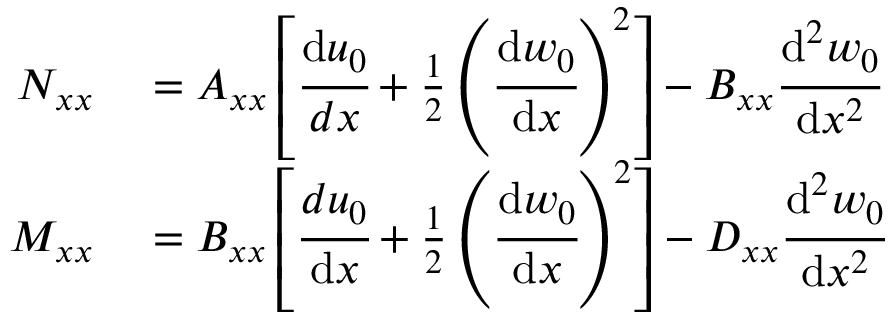
\begin{array} { r l } { N _ { x x } } & { { } = A _ { x x } \left[ { \cfrac { \mathrm { d } u _ { 0 } } { d x } } + { \frac { 1 } { 2 } } \left( { \cfrac { \mathrm { d } w _ { 0 } } { \mathrm { d } x } } \right) ^ { 2 } \right] - B _ { x x } { \cfrac { \mathrm { d } ^ { 2 } w _ { 0 } } { \mathrm { d } x ^ { 2 } } } } \\ { M _ { x x } } & { { } = B _ { x x } \left[ { \cfrac { d u _ { 0 } } { \mathrm { d } x } } + { \frac { 1 } { 2 } } \left( { \cfrac { \mathrm { d } w _ { 0 } } { \mathrm { d } x } } \right) ^ { 2 } \right] - D _ { x x } { \cfrac { \mathrm { d } ^ { 2 } w _ { 0 } } { \mathrm { d } x ^ { 2 } } } } \end{array}